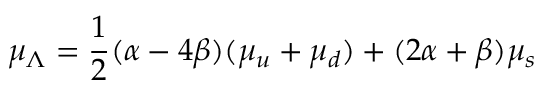
{ \mu } _ { \Lambda } = { \frac { 1 } { 2 } } ( \alpha - 4 \beta ) ( { \mu } _ { u } + { \mu } _ { d } ) + ( 2 \alpha + \beta ) { \mu } _ { s }